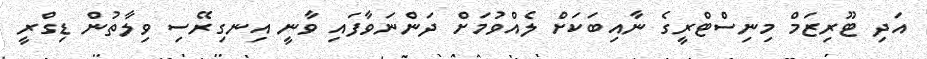
އަދި ޓޫރިޒަމް މިނިސްޓްރީގެ ނާއިބަކަށް ލެއްވުމަށް ދަންނަވާފައި ވާނީ އިނގިރޭސި ވިލާތުން ޑިގްރީ